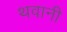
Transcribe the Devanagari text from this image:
थवानी